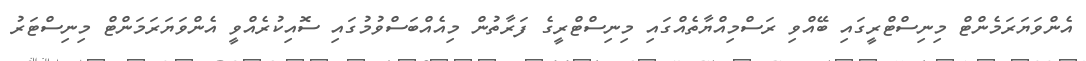
އެންވަޔަރަމެންޓް މިނިސްޓްރީގައި ބޭއްވި ރަސްމިއްޔާތެއްގައި މިނިސްޓްރީގެ ފަރާތުން މިއެއްބަސްވުމުގައި ސޮއިކުރެއްވީ އެންވަޔަރަމަންޓް މިނިސްޓަރު